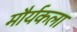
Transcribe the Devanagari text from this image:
मौर्यकला